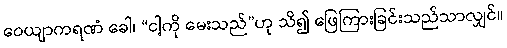
ဝေယျာကရဏံ ခေါ၊ “ငါ့ကို မေးသည်”ဟု သိ၍ ဖြေကြားခြင်းသည်သာလျှင်။